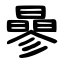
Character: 曑